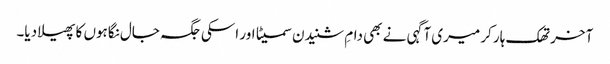
آخر تھک ہار کر میری آگہی نے بھی دامِ شنیدن سمیٹا اور اسکی جگہ جال نگاہوں کا پھیلا دیا۔